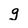
Character: g